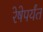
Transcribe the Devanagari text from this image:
रेषेपर्यंत